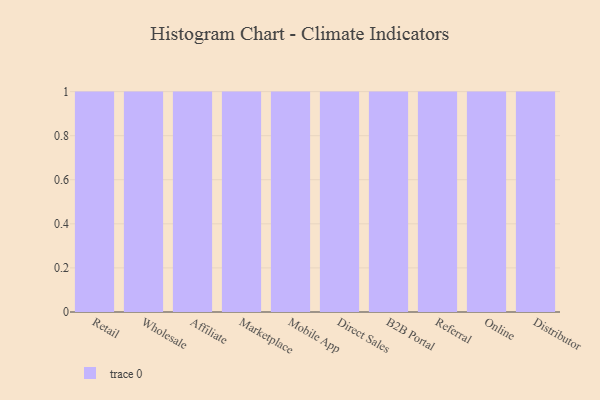
{"axis": {"x": "Channel", "y": "Satisfaction Score"}, "legend": [""], "data": [{"x": "Retail", "y": 11, "type": ""}, {"x": "Wholesale", "y": 68, "type": ""}, {"x": "Affiliate", "y": 47, "type": ""}, {"x": "Marketplace", "y": 31, "type": ""}, {"x": "Mobile App", "y": 57, "type": ""}, {"x": "Direct Sales", "y": 15, "type": ""}, {"x": "B2B Portal", "y": 24, "type": ""}, {"x": "Referral", "y": 51, "type": ""}, {"x": "Online", "y": 21, "type": ""}, {"x": "Distributor", "y": 72, "type": ""}]}